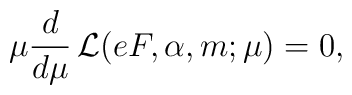
\mu\frac{d}{d\mu}\, {\cal L}(eF,\alpha,m;\mu)=0,